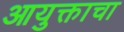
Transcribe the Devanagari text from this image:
आयुक्ताचा